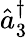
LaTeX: \hat{a}_{3}^{\dagger}